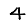
Digit: 4